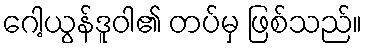
ဂေါ့ယွန်ဒူဝါ၏ တပ်မှ ဖြစ်သည်။